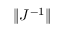
\| J ^ { - 1 } \|